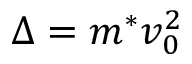
\Delta = m ^ { * } v _ { 0 } ^ { 2 }